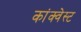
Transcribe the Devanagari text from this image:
कांक्वेस्ट